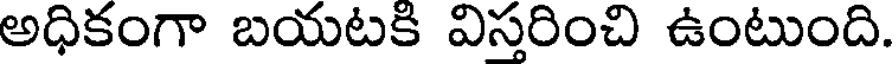
అధికంగా బయటకి విస్తరించి ఉంటుంది.